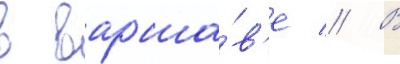
в варша́в'е // В